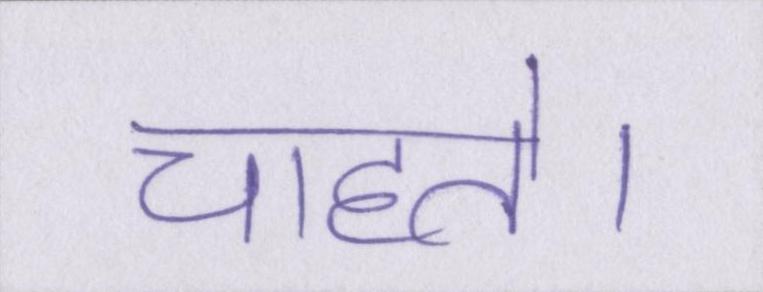
चाहते।